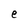
Character: e